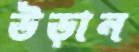
উড়ান